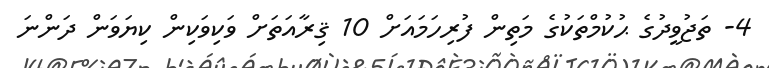
4- ތަޖުވީދުގެ ޙުކުމްތަކުގެ މަތިން ފުރިހަމައަށް 10 ޤިރާއަތަށް ވަކިވަކިން ކިޔަވަން ދަންނަ